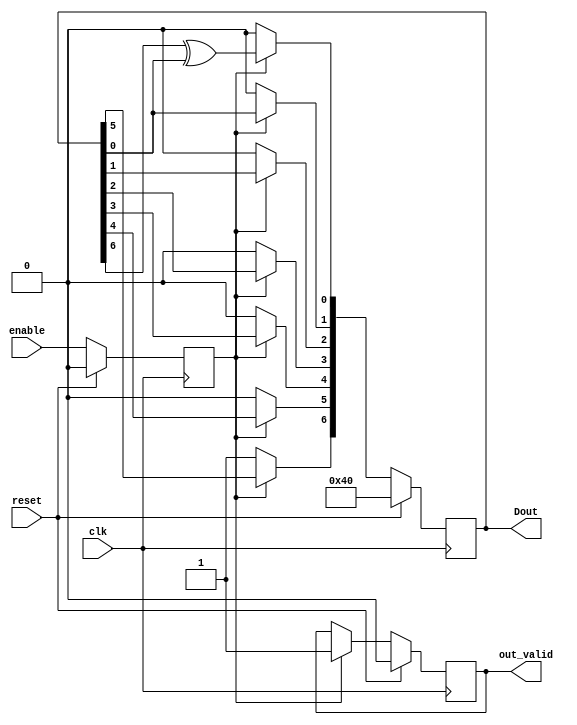
module LFSR #
(
    parameter SR_LEN = 7
)
(
    input  clk,
    input  reset,
    input  enable,
    output reg out_valid,
    output reg [SR_LEN-1:0]  Dout            // LFSR output
);

reg out_valid_n;

reg enable_ff;
reg [SR_LEN-1:0] Dout_n;

always @(posedge clk) begin
    if (reset) begin
        enable_ff <= 0;
        out_valid <= 0;

        Dout <= 7'b1000000;
    end else begin
        enable_ff <= enable;
        out_valid <= out_valid_n;

        Dout <= Dout_n;
    end
end

// always @(posedge clk) begin
//     enable_ff <= enable;
// end

integer idx;
always @(*) begin
    out_valid_n = (enable_ff)? 1: out_valid;

    // generate random patterns
    Dout_n[6] = 1;    
    Dout_n[5] = 0;
    Dout_n[4] = 0;
    Dout_n[3] = 0;
    Dout_n[2] = 0;
    Dout_n[1] = 0;
    Dout_n[0] = 0;
    if (enable_ff) begin
        Dout_n[6] = Dout[5];    
        Dout_n[5] = Dout[4];    
        Dout_n[4] = Dout[3];
        Dout_n[3] = Dout[2];
        Dout_n[2] = Dout[1];
        Dout_n[1] = Dout[0];
        Dout_n[0] = Dout[6] ^ Dout[0];
    end

end

reg [SR_LEN-1:0] cnt, cnt_n;
always @(posedge clk) begin
    if(reset) cnt <= 0;
    else cnt <= cnt_n;
end

always @(*) begin
    cnt_n = (cnt==126)? 0: cnt + 1;
end

endmodule